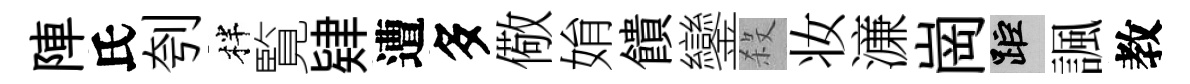
陣氏刳柈覧肄遭多儆姢饋鑾殺妆濓崗距諷教